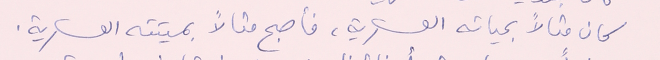
كان مثالاً بحياته العسكرية، فأصبح مثالاً بميتته العسكرية.